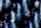
تسرقي